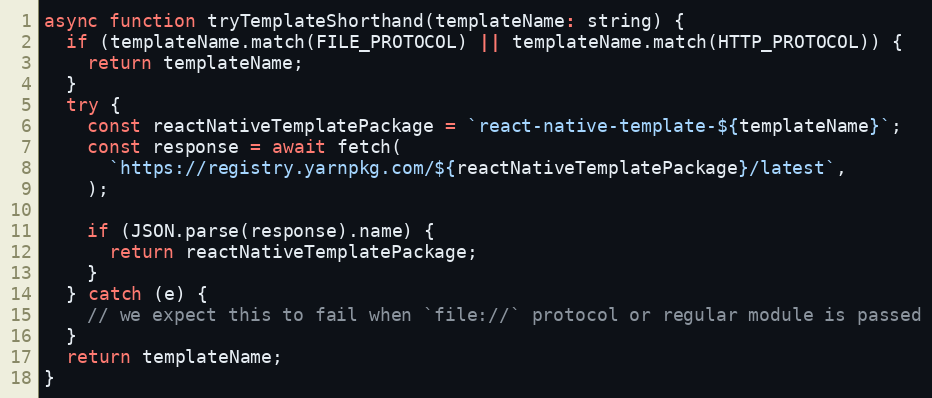
Language: JavaScript
async function tryTemplateShorthand(templateName: string) {
  if (templateName.match(FILE_PROTOCOL) || templateName.match(HTTP_PROTOCOL)) {
    return templateName;
  }
  try {
    const reactNativeTemplatePackage = `react-native-template-${templateName}`;
    const response = await fetch(
      `https://registry.yarnpkg.com/${reactNativeTemplatePackage}/latest`,
    );

    if (JSON.parse(response).name) {
      return reactNativeTemplatePackage;
    }
  } catch (e) {
    // we expect this to fail when `file://` protocol or regular module is passed
  }
  return templateName;
}